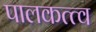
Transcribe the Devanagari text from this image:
पालकत्त्व